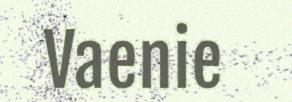
Vaenie